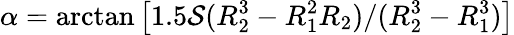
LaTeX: \alpha=\arctan\left[1.5\mathcal{S}(R_{2}^{3}-R_{1}^{2}R_{2})/(R_{2}^{3}-R_{1}^{3})\right]